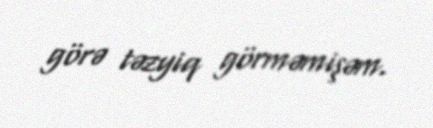
görə təzyiq görməmişəm.